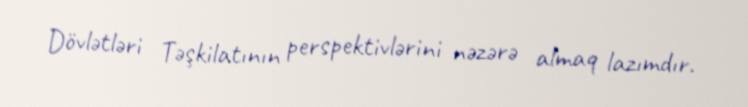
Dövlətləri Təşkilatının perspektivlərini nəzərə almaq lazımdır.